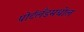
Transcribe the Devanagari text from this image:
पोर्टलँडमधील